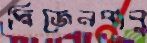
দ্বিজেনবাবু